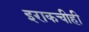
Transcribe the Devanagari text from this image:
इराकचीही